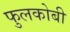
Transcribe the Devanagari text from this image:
फुलकोबी